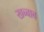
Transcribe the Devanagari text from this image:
खब्बाब